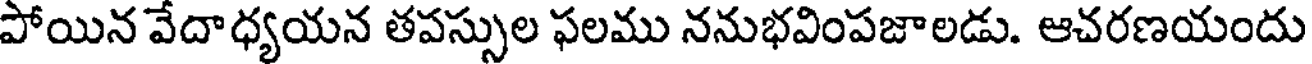
పోయిన వేదాధ్యయన తపస్సుల ఫలము ననుభవింపజాలడు. ఆచరణయందు